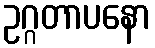
ဥဂ္ဂတာပနော